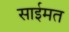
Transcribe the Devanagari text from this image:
साईमत